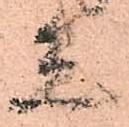
宜